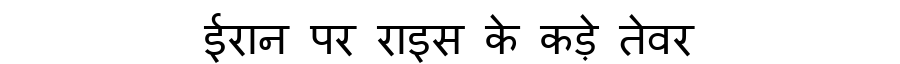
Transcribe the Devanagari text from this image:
ईरान पर राइस के कड़े तेवर